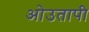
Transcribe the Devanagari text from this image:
ओउतापी